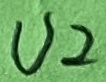
Text: U2